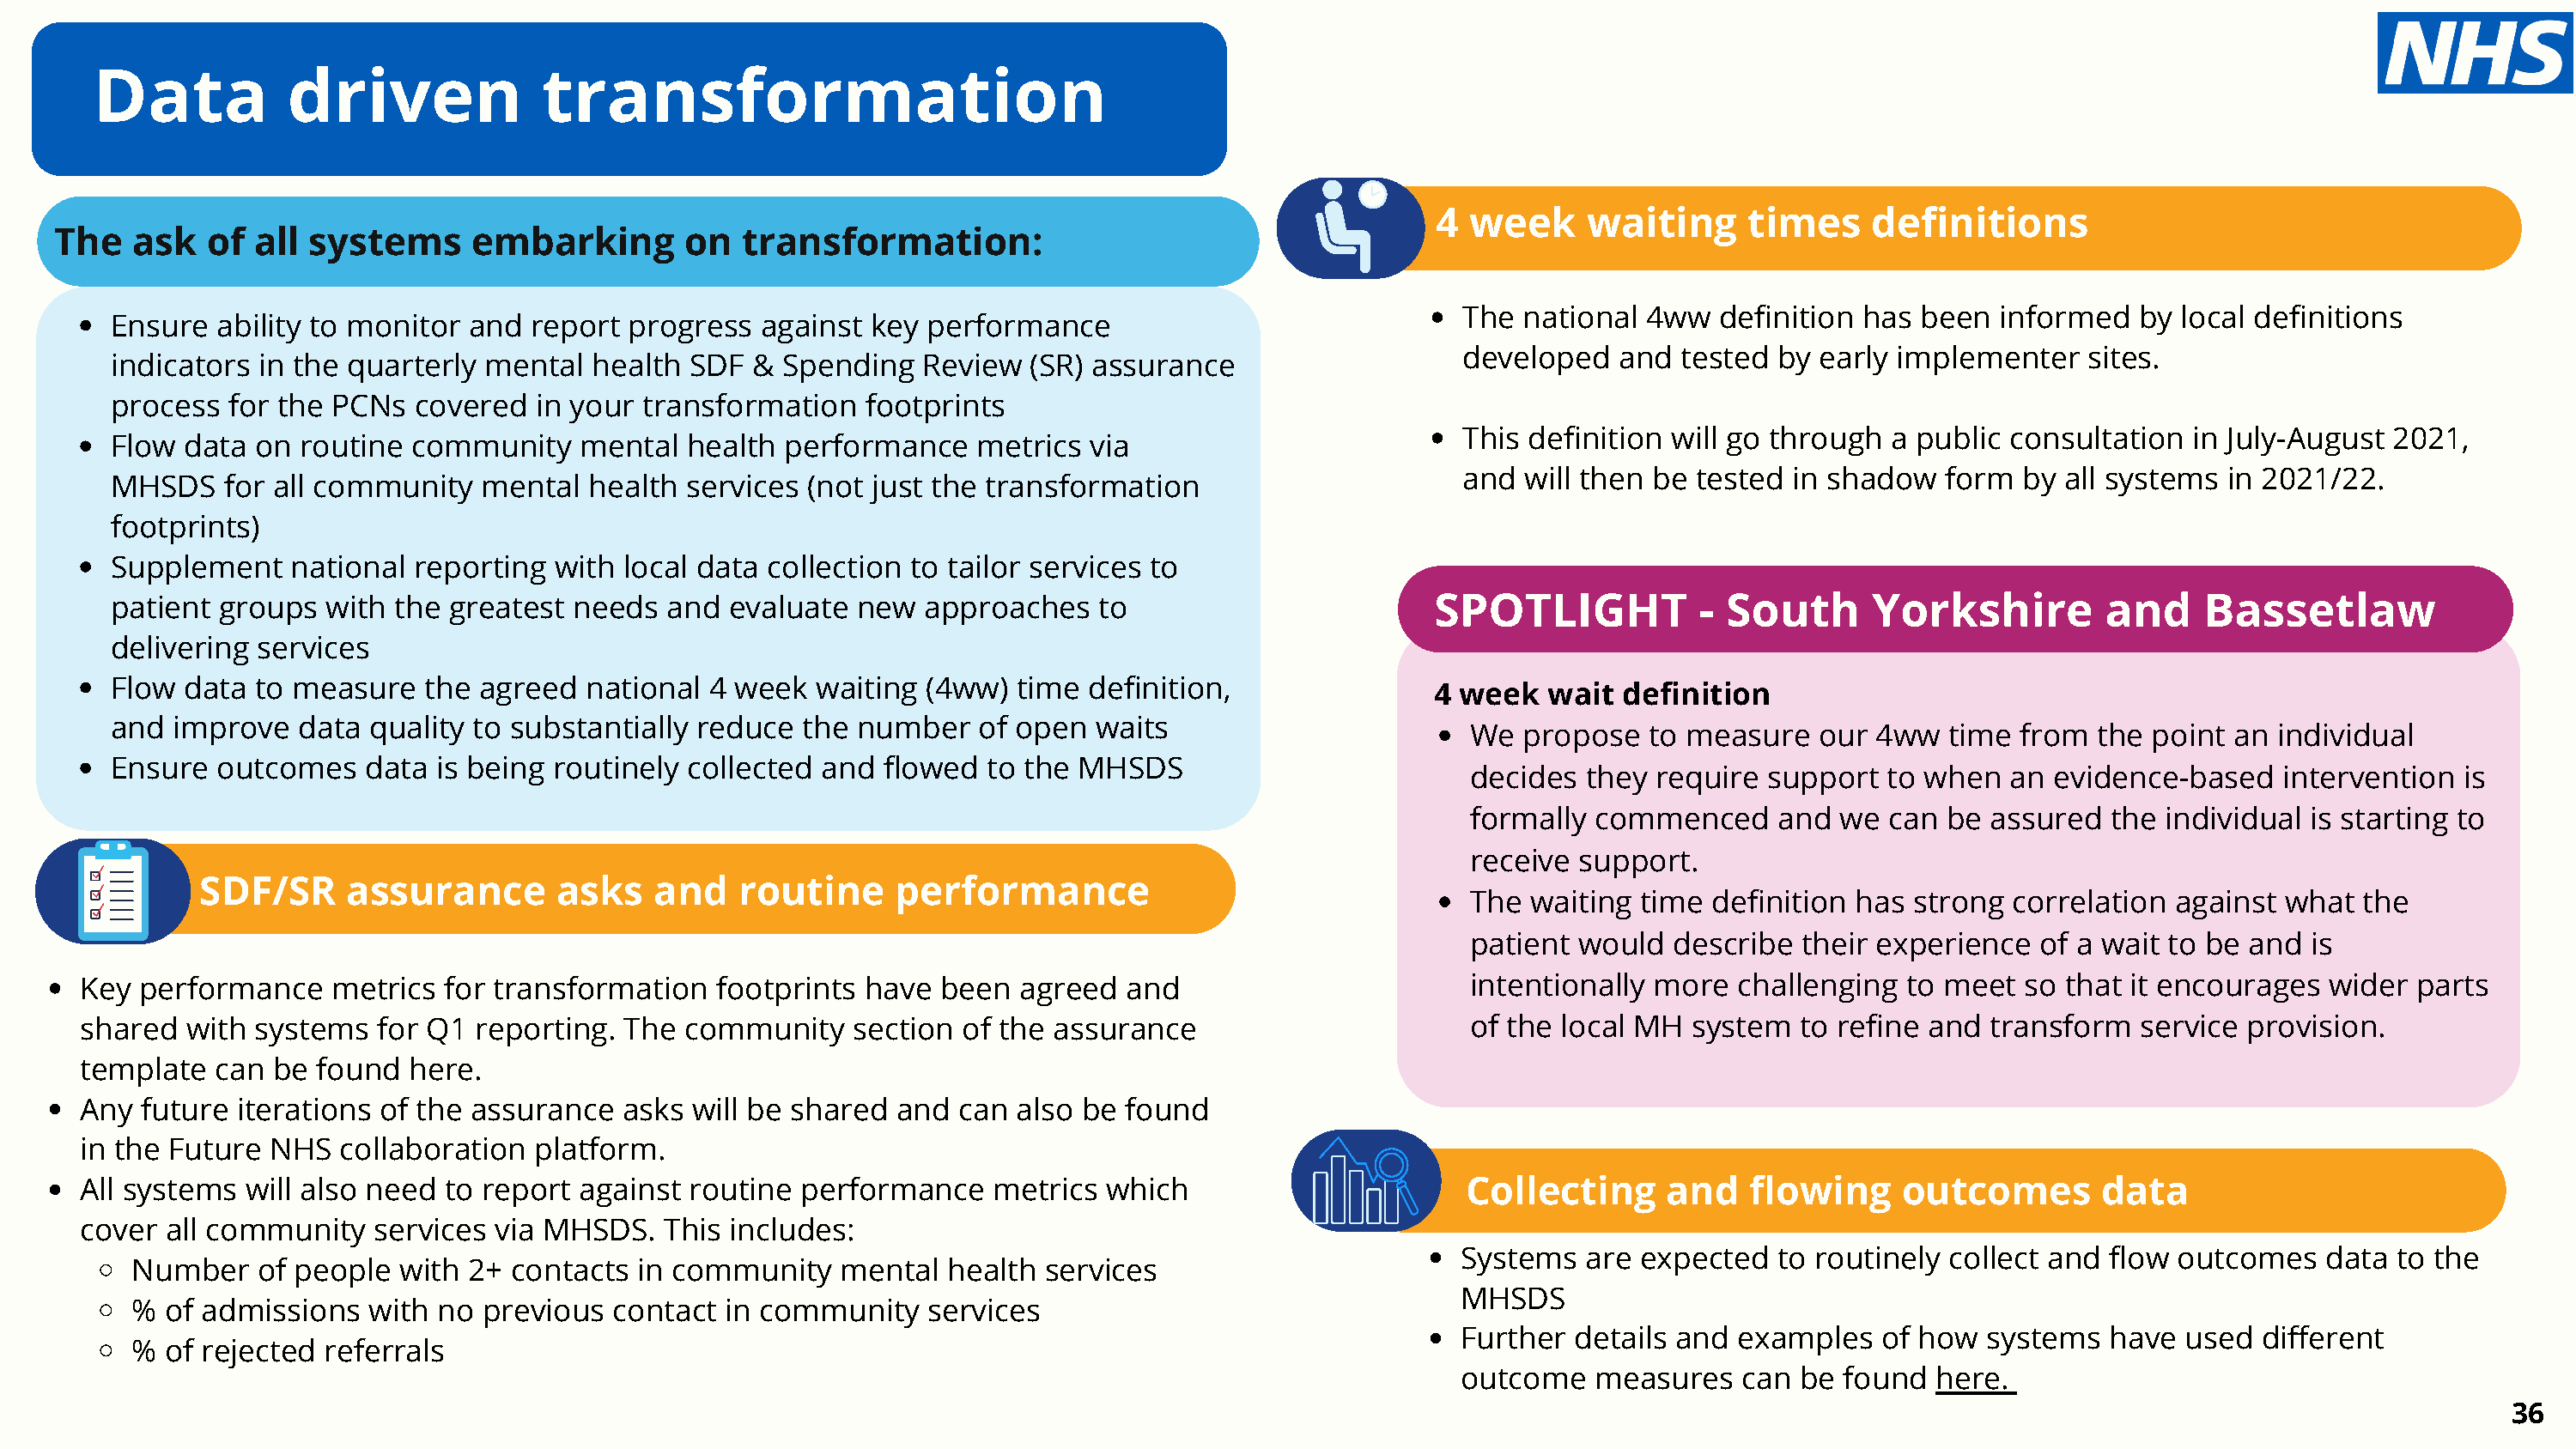
Data           driven              transformation
 4 week     waiting      times    definitions
 The   ask   of  all systems     embarking        on  transformation:
 The national  4ww   definition has been  informed   by local definitions
 Ensure  ability to monitor and  report progress   against key performance
 developed   and  tested by early implementer    sites.
 indicators in the quarterly mental   health SDF  & Spending   Review  (SR) assurance
 process  for the PCNs  covered  in your  transformation   footprints
 This definition will go through  a public consultation  in July-August 2021,
 Flow data  on routine  community    mental  health performance    metrics  via
 and  will then be tested in shadow   form  by all systems  in 2021/22.
 MHSDS   for all community   mental  health  services (not just the transformation
 footprints)
 Supplement   national  reporting  with local data collection to tailor services to
 patient groups  with the  greatest needs  and  evaluate  new  approaches    to                        SPOTLIGHT           - South      Yorkshire         and     Bassetlaw
 delivering services
 Flow data  to measure   the agreed  national  4 week  waiting (4ww)  time  definition,
 4 week  wait  definition
 and improve   data quality to substantially  reduce  the number   of open  waits
 We  propose   to measure   our  4ww  time  from  the point an  individual
 Ensure  outcomes   data  is being routinely collected and  flowed  to the MHSDS
 decides  they  require support  to when   an evidence-based    intervention  is
 formally  commenced     and  we  can be assured   the individual is starting to
 receive  support.
 SDF/SR      assurance       asks   and    routine     performance
 The  waiting time  definition has strong  correlation  against what  the
 patient  would  describe  their experience  of a wait to be and  is
 Key  performance    metrics for transformation   footprints  have been   agreed  and                       intentionally more   challenging  to meet  so that it encourages   wider parts
 shared  with  systems  for Q1  reporting. The  community    section of the assurance                       of the local MH  system   to refine and transform   service provision.
 template   can be found   here.
 Any  future iterations of the assurance   asks will be shared  and  can also be  found
 in the Future  NHS  collaboration  platform.
 All systems  will also need to report  against routine  performance    metrics which                       Collecting     and    flowing     outcomes       data
 cover  all community   services via MHSDS.   This includes:
 Systems  are expected   to routinely collect and  flow outcomes   data  to the
 Number    of people  with 2+ contacts  in community    mental  health  services
 MHSDS
 %  of admissions  with  no previous  contact  in community    services
 Further details and  examples   of how  systems   have used  different
 %  of rejected referrals
 outcome   measures   can  be found  here.
 36